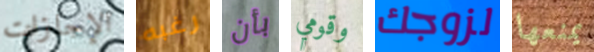
الإجازات رغبه بأن وقومي لزوجك يمنعها